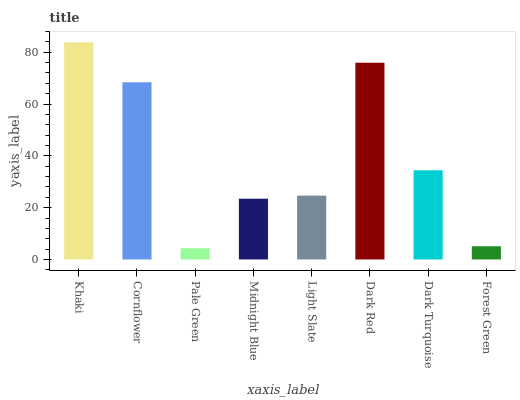
| xaxis_label | bars |
 | --- | --- |
 | Khaki | 83.8 |
 | Cornflower | 68.4 |
 | Pale Green | 4.33 |
 | Midnight Blue | 23.5 |
 | Light Slate | 24.7 |
 | Dark Red | 76 |
 | Dark Turquoise | 34.4 |
 | Forest Green | 5.1 |